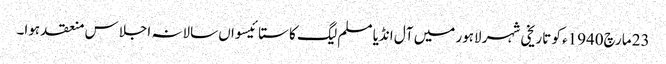
23 مارچ1940ء کو تاریخی شہر لاہور میں آل انڈیا مسلم لیگ کا ستائیسواں سالانہ اجلاس منعقد ہوا۔